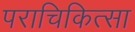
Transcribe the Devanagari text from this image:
पराचिकित्सा